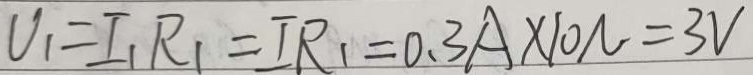
U _ { 1 } = I _ { 1 } R _ { 1 } = I R _ { 1 } = 0 . 3 A \times 1 0 N = 3 V